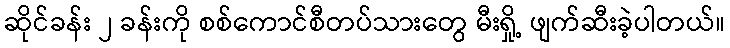
ဆိုင်ခန်း ၂ ခန်းကို စစ်ကောင်စီတပ်သားတွေ မီးရှို့ ဖျက်ဆီးခဲ့ပါတယ်။